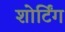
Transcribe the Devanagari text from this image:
शोर्टिंग